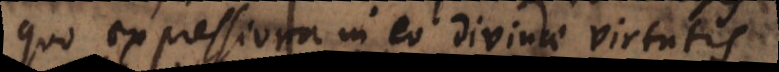
quo expressiora in eo divinae virtutis